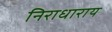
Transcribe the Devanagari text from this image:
निराधाराय